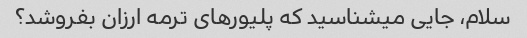
سلام، جایی میشناسید که پلیورهای ترمه ارزان بفروشد؟